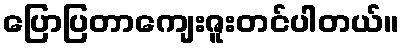
ပြောပြတာကျေးဇူးတင်ပါတယ်။